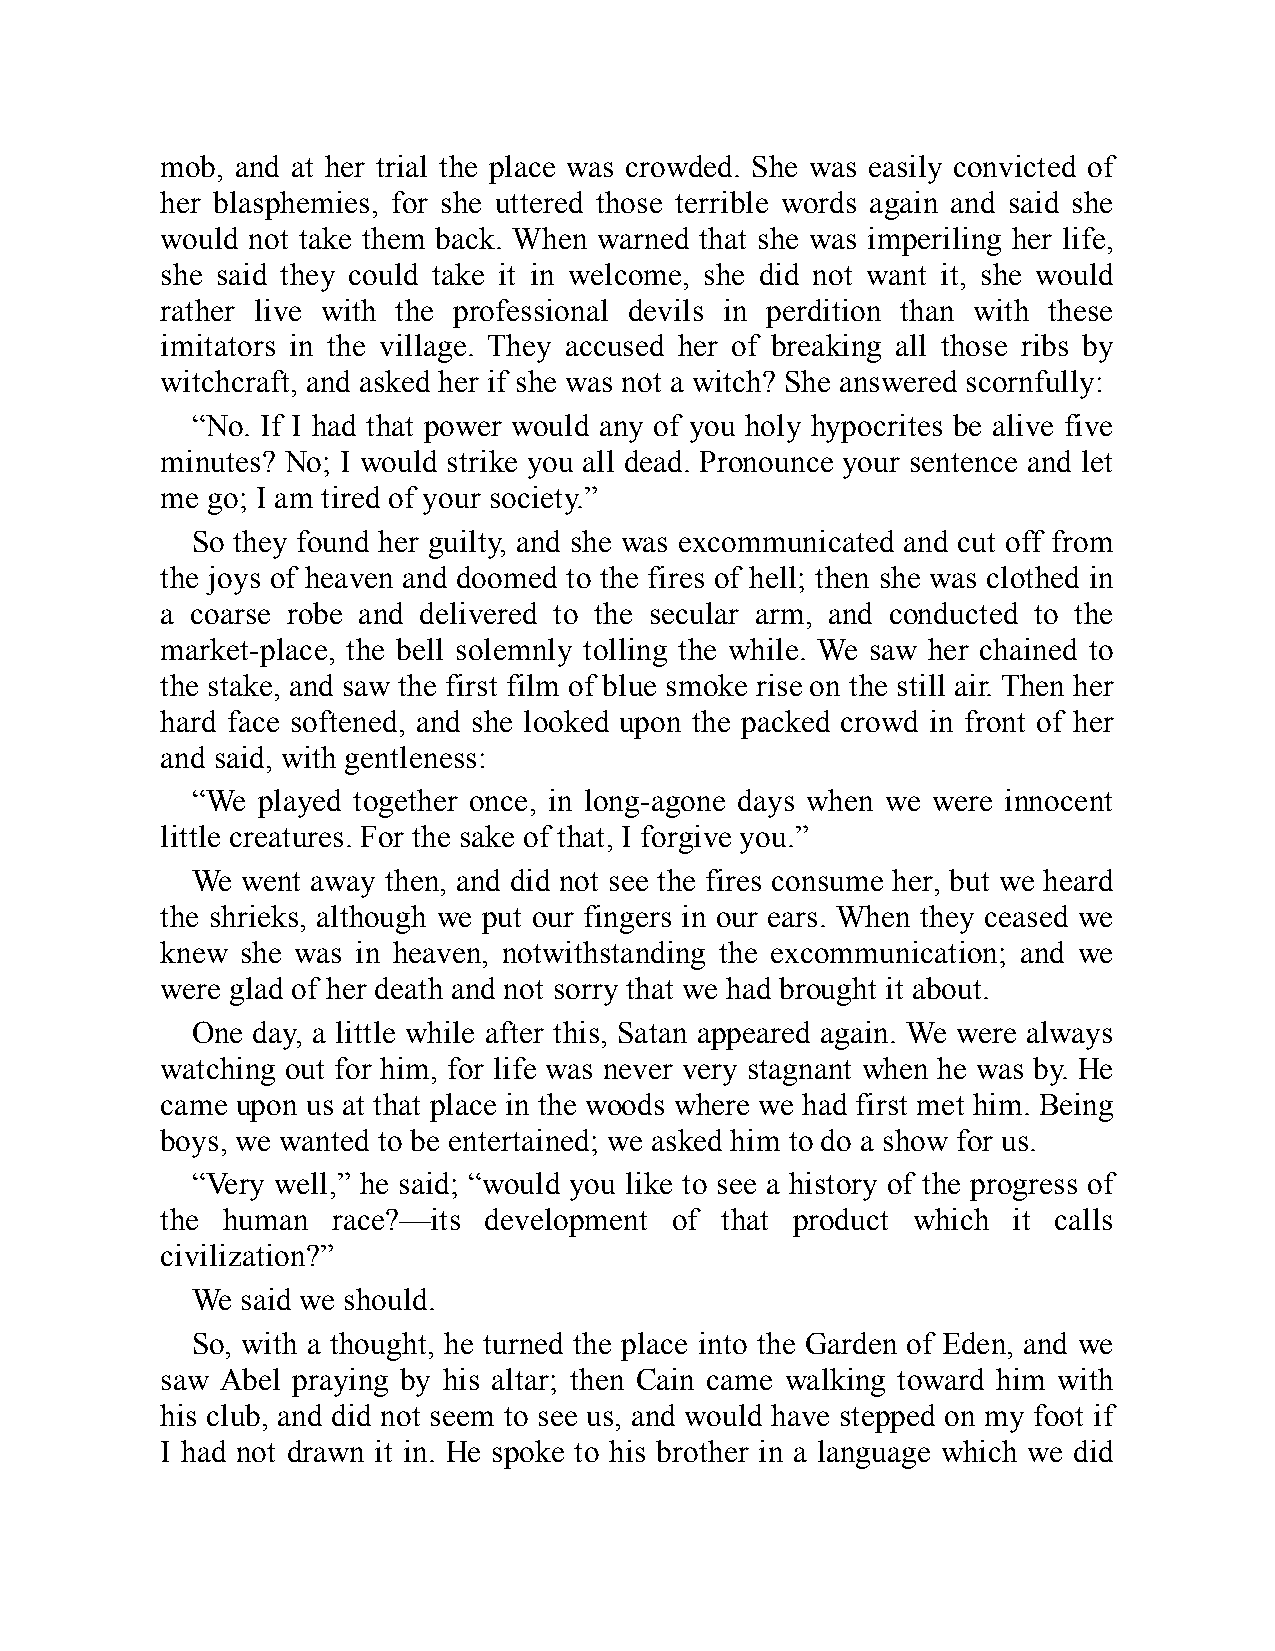
mob, and at her trial the place was crowded. She was easily convicted of
 her blasphemies, for she uttered those terrible words again and said she
 would not take them back. When warned that she was imperiling her life,
 she said they could take it in welcome, she did not want it, she would
 rather live with the professional devils in perdition than with these
 imitators in the village. They accused her of breaking all those ribs by
 witchcraft, and asked her if she was not a witch? She answered scornfully:
 “No. If I had that power would any of you holy hypocrites be alive five
 minutes? No; I would strike you all dead. Pronounce your sentence and let
 me go; I am tired of your society.”
 So they found her guilty, and she was excommunicated and cut off from
 the joys of heaven and doomed to the fires of hell; then she was clothed in
 a coarse robe and delivered to the secular arm, and conducted to the
 market-place, the bell solemnly tolling the while. We saw her chained to
 the stake, and saw the first film of blue smoke rise on the still air. Then her
 hard face softened, and she looked upon the packed crowd in front of her
 and said, with gentleness:
 “We played together once, in long-agone days when we were innocent
 little creatures. For the sake of that, I forgive you.”
 We went away then, and did not see the fires consume her, but we heard
 the shrieks, although we put our fingers in our ears. When they ceased we
 knew she was in heaven, notwithstanding the excommunication; and we
 were glad of her death and not sorry that we had brought it about.
 One day, a little while after this, Satan appeared again. We were always
 watching out for him, for life was never very stagnant when he was by. He
 came upon us at that place in the woods where we had first met him. Being
 boys, we wanted to be entertained; we asked him to do a show for us.
 “Very well,” he said; “would you like to see a history of the progress of
 the human  race?—its development of  that product which it calls
 civilization?”
 We said we should.
 So, with a thought, he turned the place into the Garden of Eden, and we
 saw Abel praying by his altar; then Cain came walking toward him with
 his club, and did not seem to see us, and would have stepped on my foot if
 I had not drawn it in. He spoke to his brother in a language which we did